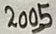
Text: 2005